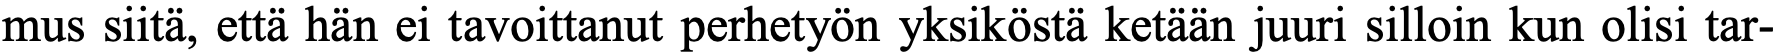
mus siitä, että hän ei tavoittanut perhetyön yksiköstä ketään juuri silloin kun olisi tar-